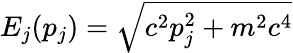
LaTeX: E_{j}(p_{j})=\sqrt{c^{2}p_{j}^{2}+m^{2}c^{4}}